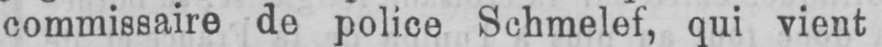
commissaire de police Schmelef, qui vient